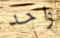
واحد